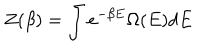
Z ( \beta ) = \int e ^ { - \beta E } \Omega ( E ) d E